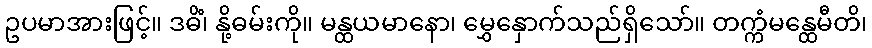
ဥပမာအားဖြင့်။ ဒဓိံ၊ နို့ဓမ်းကို။ မန္ထယမာနော၊ မွှေနှောက်သည်ရှိသော်။ တက္ကံမန္ထေမီတိ၊